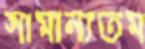
সামান্যতম